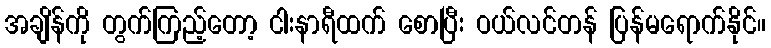
အချိန်ကို တွက်ကြည့်တော့ ငါးနာရီထက် စောပြီး ဝယ်လင်တန် ပြန်မရောက်နိုင်။